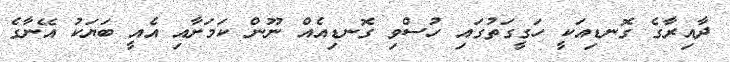
ދާއިރާގެ ގޮނޑިއަކީ ހަގީގަތުގައި ހުސްވި ގޮނޑިއެއް ނޫން ކަމަށާއި އެއީ ބަޔަކު އޭނާގެ